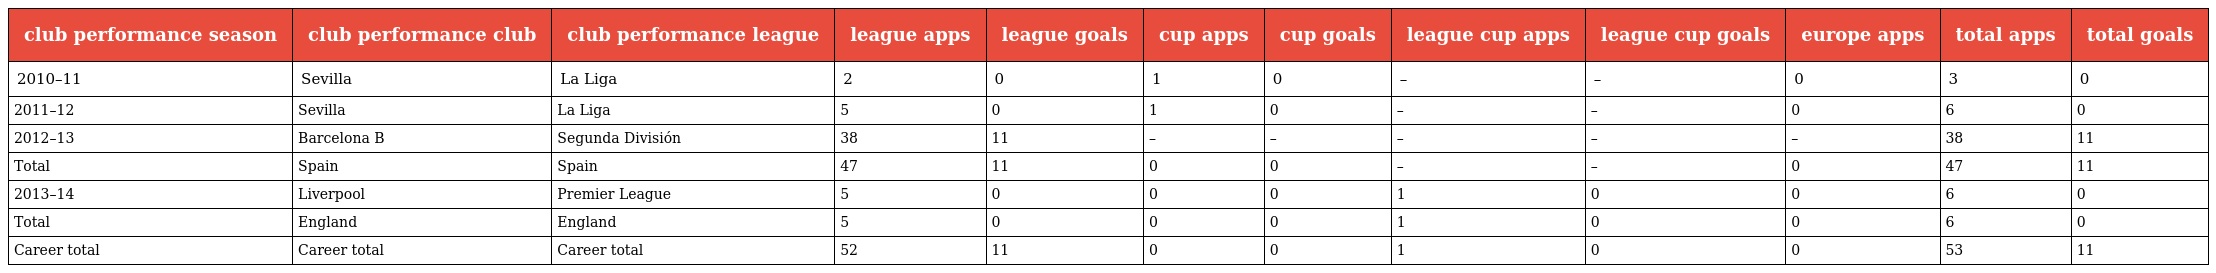
| club performance season | club performance club | club performance league | league apps | league goals | cup apps | cup goals | league cup apps | league cup goals | europe apps | total apps | total goals |
 | --- | --- | --- | --- | --- | --- | --- | --- | --- | --- | --- | --- |
 | 2010–11 | Sevilla | La Liga | 2 | 0 | 1 | 0 | – | – | 0 | 3 | 0 |
 | 2011–12 | Sevilla | La Liga | 5 | 0 | 1 | 0 | – | – | 0 | 6 | 0 |
 | 2012–13 | Barcelona B | Segunda División | 38 | 11 | – | – | – | – | – | 38 | 11 |
 | Total | Spain | Spain | 47 | 11 | 0 | 0 | – | – | 0 | 47 | 11 |
 | 2013–14 | Liverpool | Premier League | 5 | 0 | 0 | 0 | 1 | 0 | 0 | 6 | 0 |
 | Total | England | England | 5 | 0 | 0 | 0 | 1 | 0 | 0 | 6 | 0 |
 | Career total | Career total | Career total | 52 | 11 | 0 | 0 | 1 | 0 | 0 | 53 | 11 |